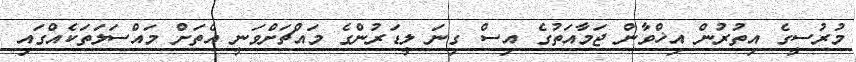
މުރުސީގެ އިތުރުން އިޚްވާން ޖަމާއަތުގެ އިސް ގިނަ ލީޑަރުންގެ މައްޗަށްވަނީ އެތަށް މައްސަލަތަކެއްގައި